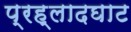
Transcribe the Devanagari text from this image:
प्रह्लादघाट